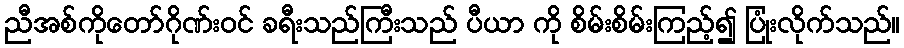
ညီအစ်ကိုတော်ဂိုဏ်းဝင် ခရီးသည်ကြီးသည် ပီယာ ကို စိမ်းစိမ်းကြည့်၍ ပြုံးလိုက်သည်။